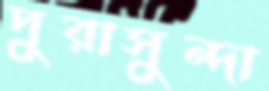
পুরাসুন্দা